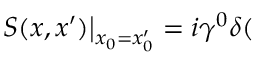
\left. S ( x , x ^ { \prime } ) \right| _ { x _ { 0 } = x _ { 0 } ^ { \prime } } = i \gamma ^ { 0 } \delta (